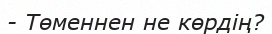
- Төменнен не көрдің?